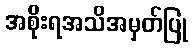
အစိုးရအသိအမှတ်ပြု